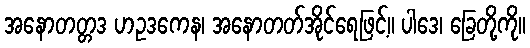
အနောတတ္တဒ ဟဥဒကေန၊ အနောတတ်အိုင်ရေဖြင့်။ ပါဒေ၊ ခြေတို့ကို။